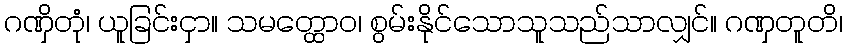
ဂဏှိတုံ၊ ယူခြင်းငှာ။ သမတ္ထောဝ၊ စွမ်းနိုင်သောသူသည်သာလျှင်။ ဂဏှတူတိ၊